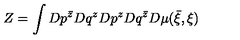
Z = \int D p ^ { \bar { z } } D q ^ { z } D p ^ { z } D q ^ { \bar { z } } D \mu ( { \bar { \xi } } , \xi )